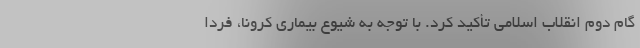
گام دوم انقلاب اسلامی تأکید کرد. با توجه به شیوع بیماری کرونا، فردا